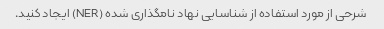
شرحی از مورد استفاده از شناسایی نهاد نامگذاری شده (NER) ایجاد کنید.